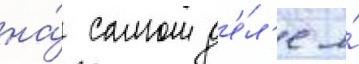
на́ самом д'е́л'е я́